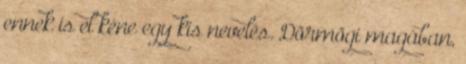
ennek is el kéne egy kis nevelés. Dörmögi magában,